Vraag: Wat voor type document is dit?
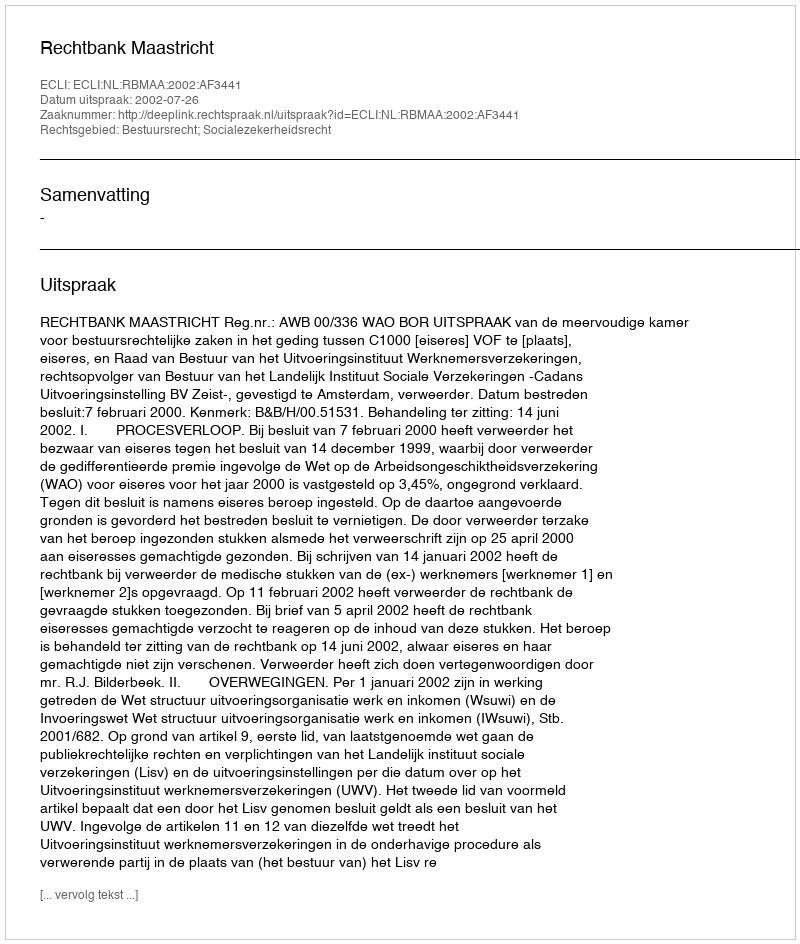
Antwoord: Uitspraak